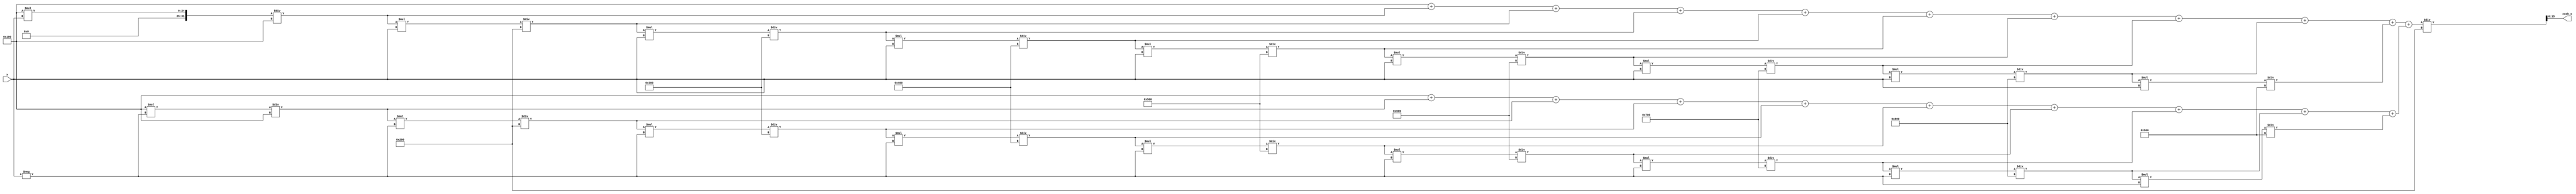
module hyperbolic_cosh (
    input wire [15:0] x,        // Input: Fixed-point representation of x
    output reg [15:0] cosh_x    // Output: Fixed-point representation of cosh(x)
);

    // Constants for fixed-point representation
    parameter FIXED_POINT_FRACTIONAL_BITS = 8;
    parameter FIXED_POINT_SCALING_FACTOR = 1 << FIXED_POINT_FRACTIONAL_BITS; // 2^fractional_bits

    // Taylor series coefficients for e^x
    reg [31:0] term;
    reg [31:0] e_plus_x;
    reg [31:0] e_minus_x;
    integer i;

    // Compute e^x and e^-x using Taylor series expansion
    always @(*) begin
        // Initialize
        e_plus_x = 0;
        e_minus_x = 0;
        
        // Calculate e^x
        term = 1 * FIXED_POINT_SCALING_FACTOR; // e^0 = 1
        for (i = 0; i < 10; i = i + 1) begin
            e_plus_x = e_plus_x + term;
            term = (term * x) / ((i + 1) * FIXED_POINT_SCALING_FACTOR); // term = x^i / i!
        end

        // Reset term for e^-x
        term = 1 * FIXED_POINT_SCALING_FACTOR; // e^0 = 1
        for (i = 0; i < 10; i = i + 1) begin
            e_minus_x = e_minus_x + term;
            term = (term * (-x)) / ((i + 1) * FIXED_POINT_SCALING_FACTOR); // term = (-x)^i / i!
        end

        // Compute cosh(x) = (e^x + e^-x) / 2
        cosh_x = (e_plus_x + e_minus_x) / (2 * FIXED_POINT_SCALING_FACTOR);
    end

endmodule